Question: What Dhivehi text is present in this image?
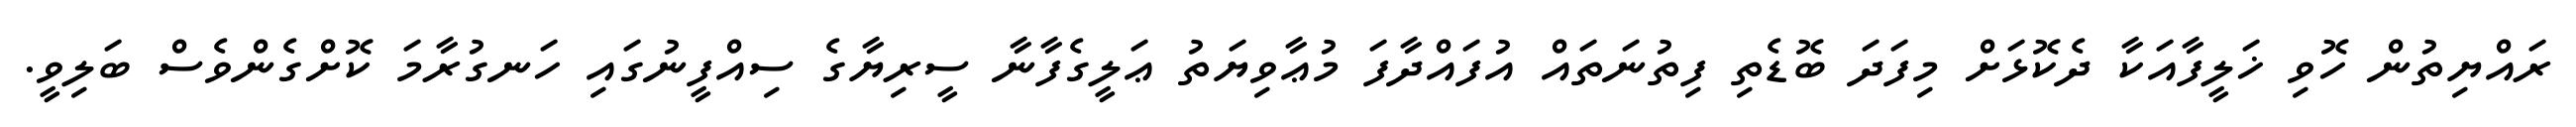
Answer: ރައްޔިތުން ހޮވި ޚަލީފާއަކާ ދެކޮޅަށް މިފަދަ ބޮޑެތި ފިތުނަތައް އުފައްދާފަ މުޢާވިޔަތު ޢަލީގެފާނާ ސީރިޔާގެ ސިއްފީނުގައި ހަނގުރާމަ ކޮށްގެންވެސް ބަލިވީ.